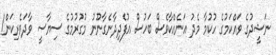
ނަޝީދުގެ ވައްކަމުގެ ހުކުމާ މެދު އަނެއްކާވެސް ބަހުސް އުފެދިދާނެގާނޫނު މުގުރުމުގެ ސިޔާސީ ވާދަވެރިކަން!